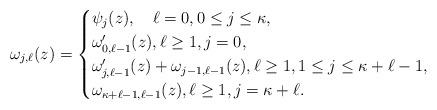
LaTeX: \begin{align*}\omega_{j,\ell}(z)=\begin{cases}\psi_j(z),\quad\ell=0,0\leq j\leq\kappa,\\\omega_{0,\ell-1}'(z),\ell\geq 1,j=0,\\\omega_{j,\ell-1}'(z)+\omega_{j-1,\ell-1}(z),\ell\geq 1,1\leq j\leq\kappa+\ell-1,\\\omega_{\kappa+\ell-1,\ell-1}(z),\ell\geq 1,j=\kappa+\ell.\end{cases}\end{align*}